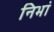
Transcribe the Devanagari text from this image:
निभां